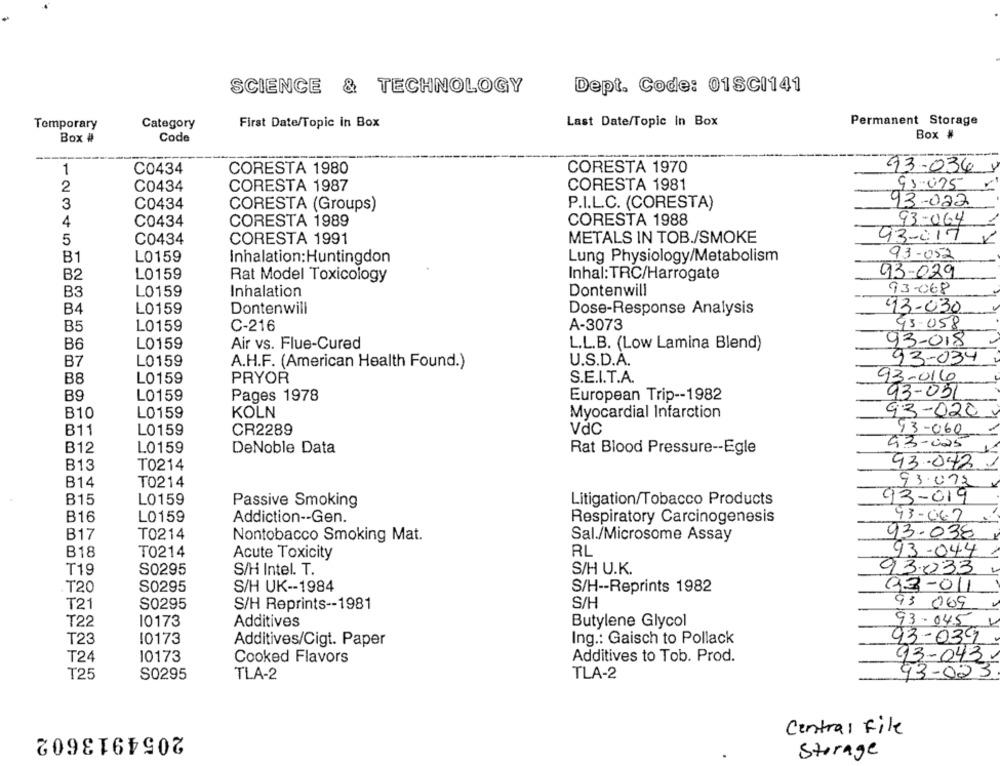
SCIENCE & TECHNOLOGY
Dept. Code: 01SCI141
First Date/Topic in Box
Last Date/Topic In Box
Permanent Storage
Temporary
Category
Box #
Code
Box #
93-036
1
C0434
CORESTA 1980
CORESTA 1970
2
C0434
CORESTA 1987
CORESTA 1981
93-075
3
C0434
CORESTA (Groups)
P.I.L.C. (CORESTA)
93-022
C0434
CORESTA 1989
CORESTA 1988
93-064
4
93-017
5
C0434
CORESTA 1991
METALS IN TOB./SMOKE
B1
L0159
Inhalation: Huntingdon
Lung Physiology/Metabolism
93-052
B2
L0159
Inhal: TRC/Harrogate
93-029
Rat Model Toxicology
B3
93-068
L0159
Inhalation
Dontenwill
B4
L0159
Dontenwill
Dose-Response Analysis
93-030
B5
L0159
C-216
A-3073
93.058
B6
L0159
93-018
Air vs. Flue-Cured
L.L.B. (Low Lamina Blend)
B7
93-034
L0159
A.H.F. (American Health Found.)
U.S.D.A.
B8
L0159
PRYOR
S.E.I.T.A.
93-016
B9
L0159
Pages 1978
European Trip -- 1982
93-051
B10
KOLN
Myocardial Infarction
93-020
L0159
Vdc
B11
L0159
CR2289
93-060
93-025
B12
L0159
DeNoble Data
Rat Blood Pressure -- Egle
B13
T0214
93-042
B14
93.073
TO214
93-019
B15
L0159
Passive Smoking
Litigation/Tobacco Products
B16
L0159
Addiction -- Gen.
Respiratory Carcinogenesis
93-062
B17
T0214
Nontobacco Smoking Mat.
Sal./Microsome Assay
93-038
RL
93-044
B18
T0214
Acute Toxicity
T19
S0295
S/H Intel. T.
S/H U.K.
93033
T20
S0295
S/H UK -- 1984
S/H -- Reprints 1982
93-011
T21
S0295
S/H Reprints -- 1981
S/H
93 069
T22
10173
Additives
Butylene Glycol
93-045
T23
10173
Additives/Cigt. Paper
Ing .: Gaisch to Pollack
93-039
T24
10173
Cooked Flavors
Additives to Tob. Prod.
93-043
TLA-2
93-023
T25
S0295
TLA-2
2054913602
Central File
Storage